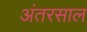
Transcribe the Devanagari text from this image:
अंतरसाल